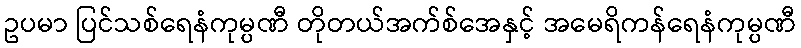
ဥပမာ ပြင်သစ်ရေနံကုမ္ပဏီ တိုတယ်အက်စ်အေနှင့် အမေရိကန်ရေနံကုမ္ပဏီ